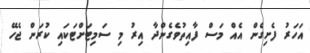
އަހަރު ފެށިގެން އެއް މަސް ފާއިތުވެގެންދާ އިރު މި ސަމިޓަށްޓަކައި ކުރަން ޖެހޭ